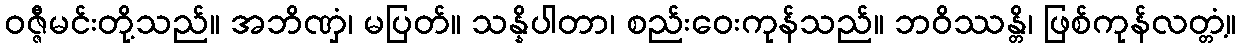
ဝဇ္ဇီမင်းတို့သည်။ အဘိဏှံ၊ မပြတ်။ သန္နိပါတာ၊ စည်းဝေးကုန်သည်။ ဘဝိဿန္တိ၊ ဖြစ်ကုန်လတ္တံ့။